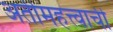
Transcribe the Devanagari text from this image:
अतीमहत्त्वाची